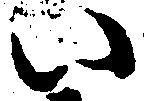
い